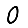
Digit: 0